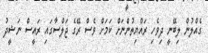
ގެއްލުން ލިބޭނީ ދިވެހި ރައްޔިތުންނަށް ކަމަށް ވެސް ރޭގެ ޖަލްސާގައި ރައީސް ނަޝީދު